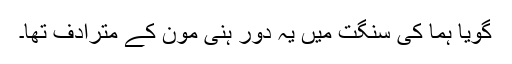
گویا ہما کی سنگت میں یہ دور ہنی مون کے مترادف تھا۔